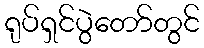
ရုပ်ရှင်ပွဲတော်တွင်